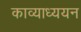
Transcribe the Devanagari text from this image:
काव्याध्ययन